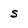
Character: s